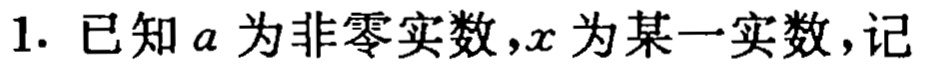
1. 已知\(a\)为非零实数，\(x\)为某一实数，记